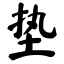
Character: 垫